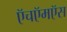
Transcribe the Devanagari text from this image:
ऍचऍमऍस